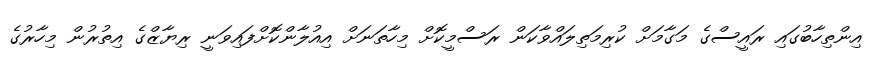
އިންތިހާބުގައި ރައީސްގެ މަގާމަށް ކުރިމަތިލައްވާކަން ރަސްމީކޮށް މިހާތަނަށް އިއުލާންކޮށްފައިވަނީ ރިޔާޒްގެ އިތުރުން މިހާރުގެ